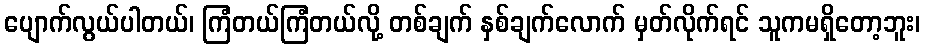
ပျောက်လွယ်ပါတယ်၊ ကြံတယ်ကြံတယ်လို့ တစ်ချက် နှစ်ချက်လောက် မှတ်လိုက်ရင် သူကမရှိတော့ဘူး၊